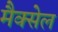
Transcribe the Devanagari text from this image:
मैक्सेल